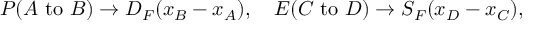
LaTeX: P ( A { \mathrm { ~ t o ~ } } B ) \to D _ { F } ( x _ { B } - x _ { A } ) , \quad E ( C { \mathrm { ~ t o ~ } } D ) \to S _ { F } ( x _ { D } - x _ { C } ) ,